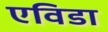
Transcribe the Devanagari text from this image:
एविडा